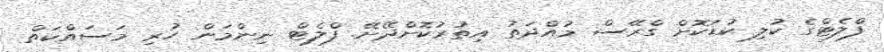
ފްލެޓްގެ ކުލި ކުޑަކޮށް ގްރޭސް މުއްދަތު އިތުރުކޮށްދޭށޭ. ފްލެޓް ނިންމަން ހުރި މަސައްކަތް